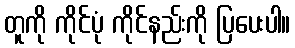
တူကို ကိုင်ပုံ ကိုင်နည်းကို ပြပေးပါ။